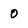
Character: o